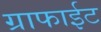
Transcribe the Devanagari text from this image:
ग्राफाईट